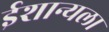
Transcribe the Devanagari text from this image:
ईशान्यला